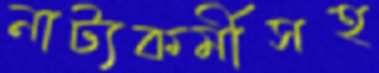
নাট্যকর্মীসহ